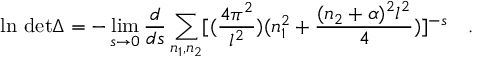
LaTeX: \mathrm { l n ~ d e t } \Delta = - \operatorname * { l i m } _ { s \to 0 } { \frac { d } { d s } } \sum _ { n _ { 1 } , n _ { 2 } } [ ( { \frac { 4 \pi ^ { 2 } } { l ^ { 2 } } } ) ( n _ { 1 } ^ { 2 } + { \frac { ( n _ { 2 } + \alpha ) ^ { 2 } l ^ { 2 } } { 4 } } ) ] ^ { - s } \quad .